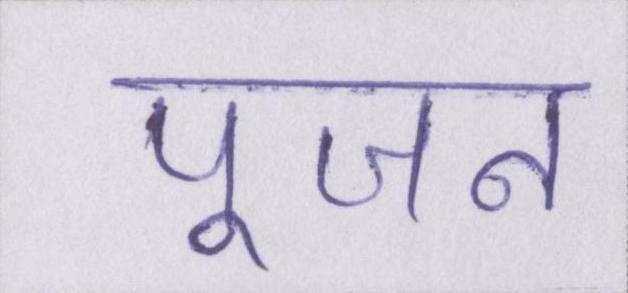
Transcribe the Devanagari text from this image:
पूजन